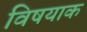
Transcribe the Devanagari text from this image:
विषयाक